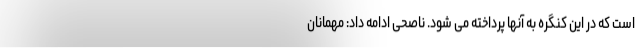
است که در این کنگره به آنها پرداخته می شود. ناصحی ادامه داد: مهمانان